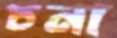
চনা